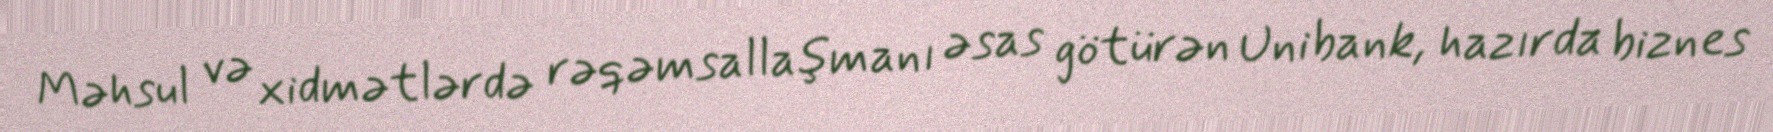
Məhsul və xidmətlərdə rəqəmsallaşmanı əsas götürən Unibank, hazırda biznes